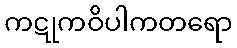
ကဋုကဝိပါကတရော